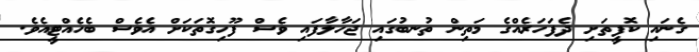
ގެނައި ކޮފީތަށި ދެފަހަރެއްގެ މަތިން ތުނބުގައި ޖަހާލާފައި ވެސް ފޫހިގޮތަކަށް އެވެސް ބެހެއްޓީއެވެ.